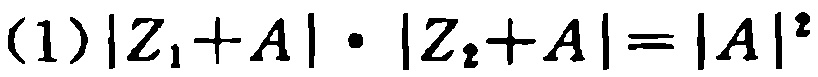
(1)$|Z_{1}+A|\cdot|Z_{2}+A| = |A|^{2}$